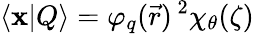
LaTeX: \langle\mathbf{x}|Q\rangle=\varphi_{q}(\vec{r})\, ^{2}\chi_{\theta}(\zeta)